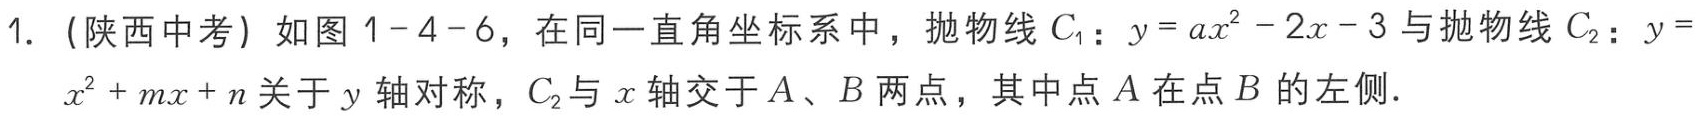
1. （陕西中考）如图1-4-6，在同一直角坐标系中，抛物线\(C_{1}\)：\(y = ax^{2}-2x - 3\)与抛物线\(C_{2}\)：\(y = x^{2}+mx + n\)关于\(y\)轴对称，\(C_{2}\)与\(x\)轴交于\(A\)、\(B\)两点，其中点\(A\)在点\(B\)的左侧．